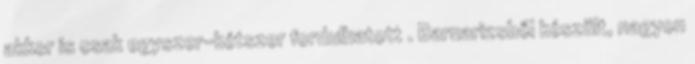
akkor is csak egyszer-kétszer fordulhatott . Barnarizsből készült, nagyon